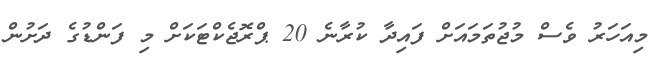
މިއަހަރު ވެސް މުޖުތަމައަށް ފައިދާ ކުރާނެ 20 ޕްރޮޖެކްޓަކަށް މި ފަންޑުގެ ދަށުން